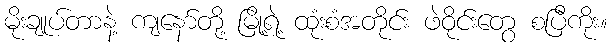
မိုးချုပ်တာနဲ့ ကျနော်တို့ မြို့ရဲ့ ထုံးစံအတိုင်း ဖဲဝိုင်းတွေ စပြီကိုး။